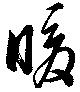
暖